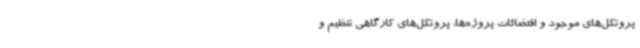
پروتکل‌های موجود و اقتضائات پروژه‌ها، پروتکل‌های کارگاهی تنظیم و